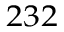
^ { 2 3 2 }